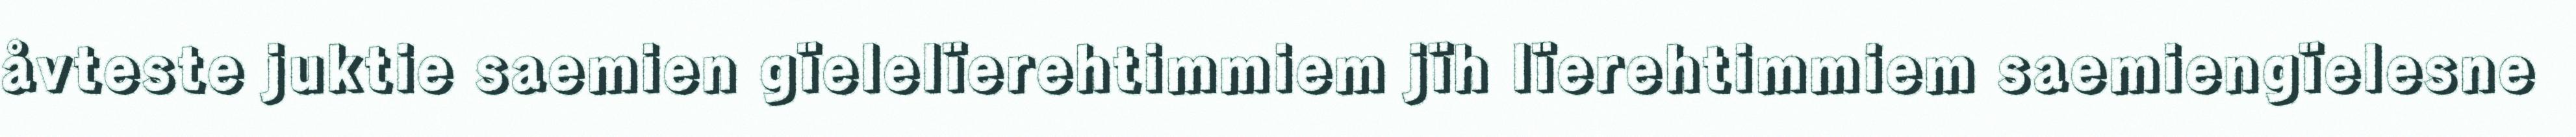
åvteste juktie saemien gïelelïerehtimmiem jïh lïerehtimmiem saemiengïelesne